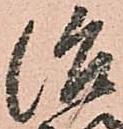
治